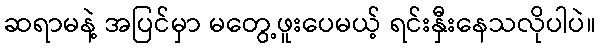
ဆရာမနဲ့ အပြင်မှာ မတွေ့ဖူးပေမယ့် ရင်းနှီးနေသလိုပါပဲ။